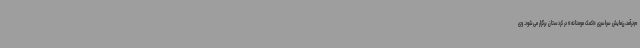
م‌درآمد، رزمایش سراسری «کمک مومنانه» در کردستان برگزار می‌شود. وی